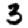
Digit: 3